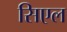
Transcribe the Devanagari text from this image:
सिएल